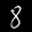
Label: 8